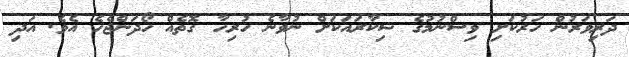
ދަރިވަރުން ހަރުކަށި ވިސްނުމުގެ ޝިކާރައަކަށް ނުވާނެ ހުރިހާ ގޮތެއް ހޯދަންޖެހެ އެވެ. އަދި